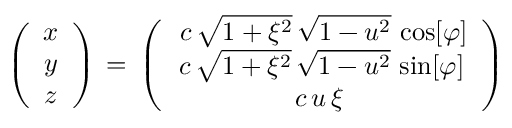
\begin{array} { r } { \left( \begin{array} { c } { x } \\ { y } \\ { z } \end{array} \right) \, = \, \left( \begin{array} { c } { \, c \, \sqrt { 1 + \xi ^ { 2 } } \, \sqrt { 1 - u ^ { 2 } } \, \cos [ \varphi ] } \\ { c \, \sqrt { 1 + \xi ^ { 2 } } \, \sqrt { 1 - u ^ { 2 } } \, \sin [ \varphi ] } \\ { c \, u \, \xi \, } \end{array} \right) \ \ } \end{array}